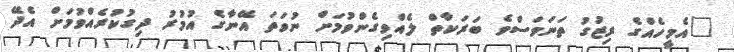
"އެމީހެއްގެ ރިޒުގު ތަނަވަސްވެ ބަރަކާތް ލެއްވިގެންވުމަށް ނުވަތަ އޭނާގެ އުމުރު ދިގުކުރެއްވުމަށް އެދޭ